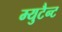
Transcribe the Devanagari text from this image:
म्युटैन्ट